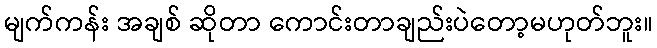
မျက်ကန်း အချစ် ဆိုတာ ကောင်းတာချည်းပဲတော့မဟုတ်ဘူး။